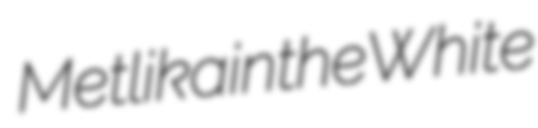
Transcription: Metlika in the White